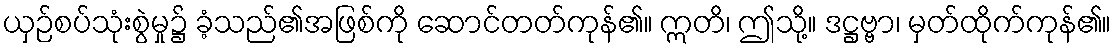
ယှဉ်စပ်သုံးစွဲမှု၌ ခံ့သည်၏အဖြစ်ကို ဆောင်တတ်ကုန်၏။ ဣတိ၊ ဤသို့။ ဒဋ္ဌဗ္ဗာ၊ မှတ်ထိုက်ကုန်၏။